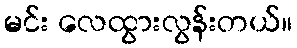
မင်း လေထွားလွန်းတယ်။